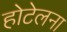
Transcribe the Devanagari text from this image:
होटेलना